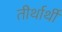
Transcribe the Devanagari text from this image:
तीर्थार्थी